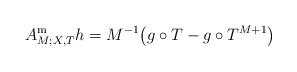
LaTeX: \begin{align*}A_{M;X, T}^{\mathrm m}h=M^{-1}\big(g\circ T-g\circ T^{M+1}\big)\end{align*}